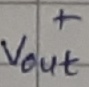
Text: +Vout